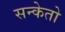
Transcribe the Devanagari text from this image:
सन्केतो